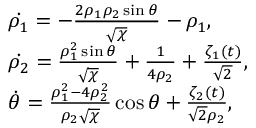
\begin{array} { r l r } & { \dot { \rho _ { 1 } } = - \frac { 2 \rho _ { 1 } \rho _ { 2 } \sin \theta } { \sqrt { \chi } } - \rho _ { 1 } , } & \\ & { \dot { \rho _ { 2 } } = \frac { \rho _ { 1 } ^ { 2 } \sin \theta } { \sqrt { \chi } } + \frac { 1 } { 4 \rho _ { 2 } } + \frac { \zeta _ { 1 } ( t ) } { \sqrt { 2 } } , } & \\ & { \dot { \theta } = \frac { \rho _ { 1 } ^ { 2 } - 4 \rho _ { 2 } ^ { 2 } } { \rho _ { 2 } \sqrt { \chi } } \cos \theta + \frac { \zeta _ { 2 } ( t ) } { \sqrt { 2 } \rho _ { 2 } } , } \end{array}